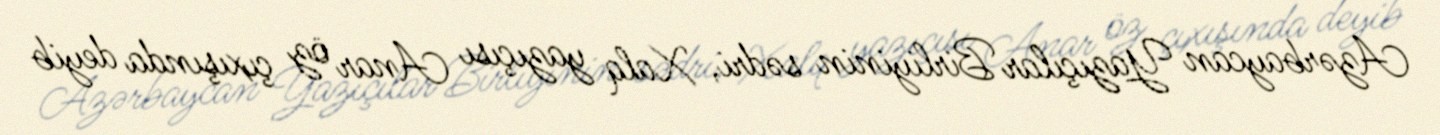
Azərbaycan Yazıçılar Birliyinin sədri, Xalq yazıçısı Anar öz çıxışında deyib